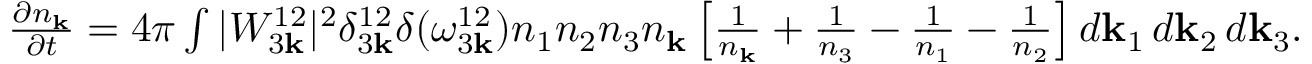
\begin{array} { r } { \frac { \partial n _ { \bf k } } { \partial t } = 4 \pi \int | W _ { 3 { \bf k } } ^ { 1 2 } | ^ { 2 } \delta _ { 3 { \bf k } } ^ { 1 2 } \delta ( \omega _ { 3 { \bf k } } ^ { 1 2 } ) n _ { 1 } n _ { 2 } n _ { 3 } n _ { \bf k } \left[ \frac { 1 } { n _ { \bf k } } + \frac { 1 } { n _ { 3 } } - \frac { 1 } { n _ { 1 } } - \frac { 1 } { n _ { 2 } } \right] d { \bf k } _ { 1 } \, d { \bf k } _ { 2 } \, d { \bf k } _ { 3 } . } \end{array}